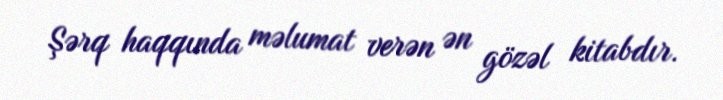
Şərq haqqında məlumat verən ən gözəl kitabdır.